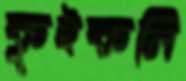
কুইকলি